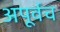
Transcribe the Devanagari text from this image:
अपूर्वच